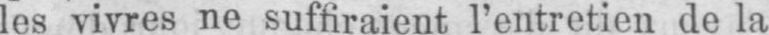
les vivres ne suffiraient l’entretien de la